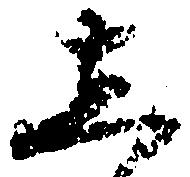
し